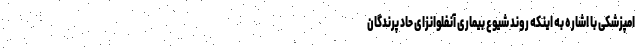
امپزشکی با اشاره به اینکه روند شیوع بیماری آنفلوانزای حاد پرندگان